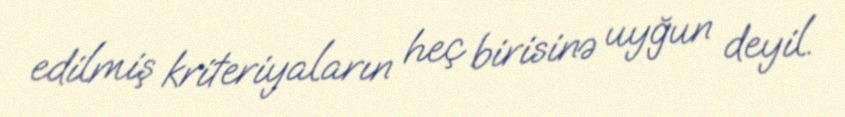
edilmiş kriteriyaların heç birisinə uyğun deyil.